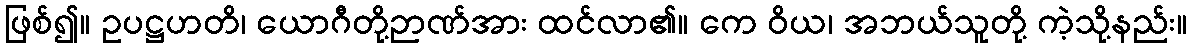
ဖြစ်၍။ ဥပဋ္ဌဟတိ၊ ယောဂီတို့ဉာဏ်အား ထင်လာ၏။ ကေ ဝိယ၊ အဘယ်သူတို့ ကဲ့သို့နည်း။